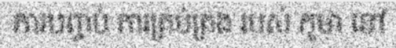
ការបញ្ចប់ ការគ្រប់គ្រង របស់ ភូមា នៅ